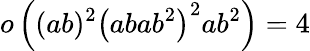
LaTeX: o\left((ab)^{2}\left(abab^{2}\right)^{2}ab^{2}\right)=4